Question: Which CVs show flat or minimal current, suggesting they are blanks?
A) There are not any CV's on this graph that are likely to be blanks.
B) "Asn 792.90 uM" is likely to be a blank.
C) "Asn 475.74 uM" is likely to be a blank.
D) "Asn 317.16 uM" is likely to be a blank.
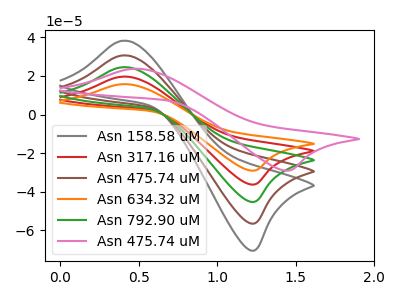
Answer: <think>The gray curve "Asn 158.58 uM" has an anodic peak at (0.40V, 78.70uA) and a cathodic peak at (1.25V, -144.80uA). The red curve "Asn 317.16 uM" has an anodic peak at (0.40V, 19.70uA) and a cathodic peak at (1.25V, -36.20uA). The brown curve "Asn 475.74 uM" has an anodic peak at (0.40V, 59.05uA) and a cathodic peak at (1.25V, -108.60uA). The orange curve "Asn 634.32 uM" has an anodic peak at (0.40V, 15.75uA) and a cathodic peak at (1.25V, -29.00uA). The green curve "Asn 792.90 uM" has an anodic peak at (0.40V, 39.35uA) and a cathodic peak at (1.25V, -72.40uA). The pink curve "Asn 475.74 uM" has an anodic peak at (0.45V, 23.75uA) and a cathodic peak at (1.45V, -29.00uA).</think>
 <answer>A) There are not any CV's on this graph that are likely to be blanks.</answer>
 <eval>A</eval>